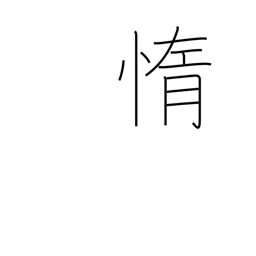
Meaning: lazy